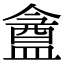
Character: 盦